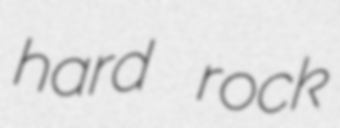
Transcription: hard rock